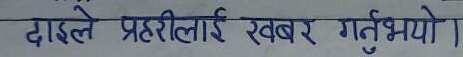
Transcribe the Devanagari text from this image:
दाङले प्रहरीलाई खबर गर्नुभयो ।